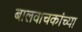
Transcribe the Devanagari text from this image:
बालवाचकांच्या